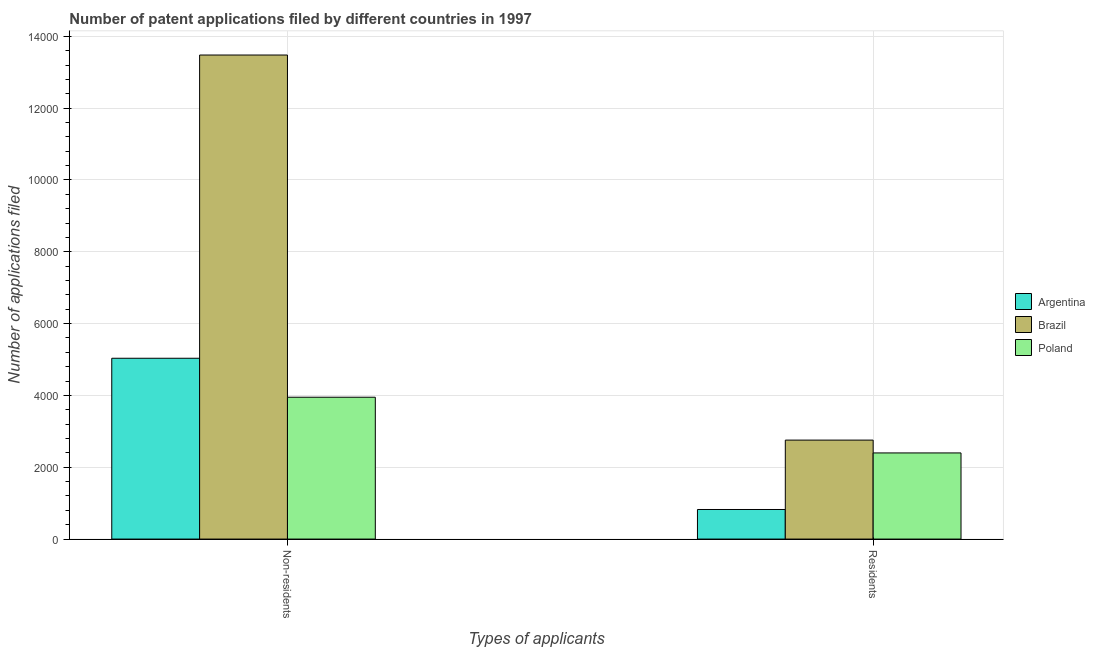
| Types of applicants | Argentina | Brazil | Poland |
 | --- | --- | --- | --- |
 | Non-residents | 5.04e+03 | 1.35e+04 | 3.95e+03 |
 | Residents | 824 | 2.76e+03 | 2.4e+03 |